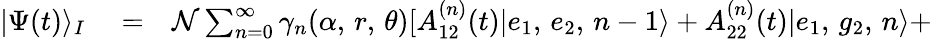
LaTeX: \begin{array}{rlr}{|\Psi(t)\rangle_{I}}&{{}=}&{\mathcal{N}\sum_{n=0}^{\infty}\gamma_{n}(\alpha,\, r,\, \theta)[A_{12}^{(n)}(t)|e_{1},\, e_{2},\, n-1\rangle+A_{22}^{(n)}(t)|e_{1},\, g_{2},\, n\rangle+}\end{array}